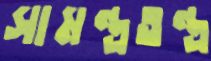
সামন্ত্রতন্ত্র